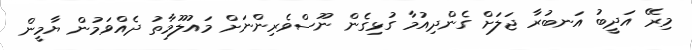
މިރޭ އަދީބު އަނބުރާ ޖަލަށް ގެންދިއުމާ ގުޅިގެން ނޫސްވެރިންނަށް މައުލޫމާތު ދެއްވަމުން ޔާމީން